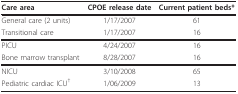
<table><thead><tr><td><b>Care area</b></td><td><b>CPOE release date</b></td><td><b>Current patient beds*</b></td></tr></thead><tbody><tr><td>General care (2 units)</td><td>1/17/2007</td><td>61</td></tr><tr><td>Transitional care</td><td>1/17/2007</td><td>16</td></tr><tr><td>PICU</td><td>4/24/2007</td><td>16</td></tr><tr><td>Bone marrow transplant</td><td>8/28/2007</td><td>16</td></tr><tr><td>NICU</td><td>3/10/2008</td><td>65</td></tr><tr><td>Pediatric cardiac ICU<sup>†</sup></td><td>1/06/2009</td><td>13</td></tr></tbody></table>